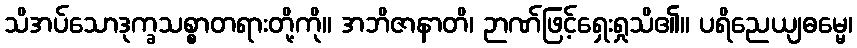
သိအပ်သောဒုက္ခသစ္စာတရားတို့ကို။ အဘိဇာနာတိ၊ ဉာဏ်ဖြင့်ရှေးရှုသိ၏။ ပရိညေယျဓမ္မေ၊